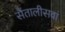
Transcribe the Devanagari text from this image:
सैंतालीसवां